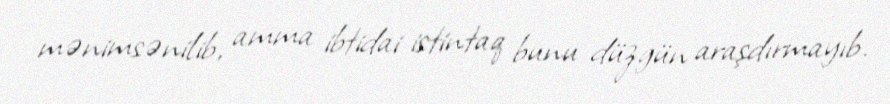
mənimsənilib, amma ibtidai istintaq bunu düzgün araşdırmayıb.